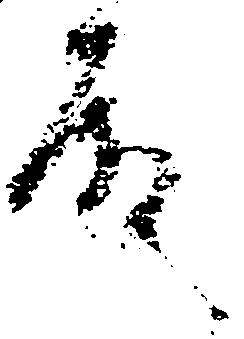
殿